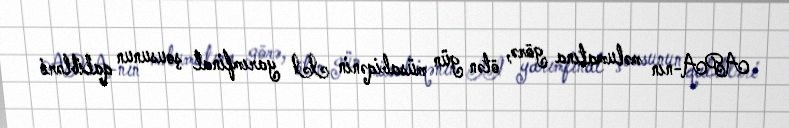
APA-nın məlumatına görə, ötən gün müsabiqənin II yarımfinal şousunun qalibləri